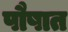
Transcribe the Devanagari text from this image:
पौषात